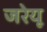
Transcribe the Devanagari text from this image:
जरेयू